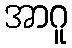
အာဂူ